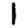
Digit: 1